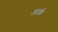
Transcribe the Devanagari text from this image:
आर्क़